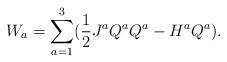
LaTeX: \begin{align*}W_a=\sum_{a=1}^{3}(\frac{1}{2}J^aQ^{a}Q^a-H^a Q^a).\end{align*}